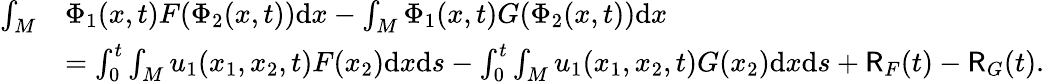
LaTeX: \begin{array}{rl}{\int_{M}}&{\Phi_{1}(x,t)F(\Phi_{2}(x,t))\mathrm{d}x-\int_{M}\Phi_{1}(x,t)G(\Phi_{2}(x,t))\mathrm{d}x}\\ &{=\int_{0}^{t}\int_{M}u_{1}(x_{1},x_{2},t)F(x_{2})\mathrm{d}x\mathrm{d}s-\int_{0}^{t}\int_{M}u_{1}(x_{1},x_{2},t)G(x_{2})\mathrm{d}x\mathrm{d}s+\mathsf{R}_{F}(t)-\mathsf{R}_{G}(t).}\end{array}